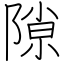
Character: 隙